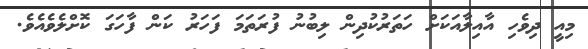
މިއީ ދިވެހި އާއިލާއަކަށް ހަތަރުކުދިން ލިބުނު ފުރަތަމަ ފަހަރު ކަން ފާހަގަ ކޮށްލެވެއެވެ.